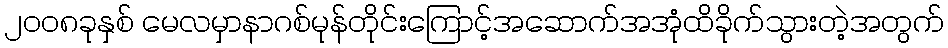
၂၀၀၈ခုနှစ် မေလမှာနာဂစ်မုန်တိုင်းကြောင့်အဆောက်အအုံထိခိုက်သွားတဲ့အတွက်